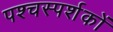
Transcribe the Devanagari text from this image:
पश्चस्पर्शकों